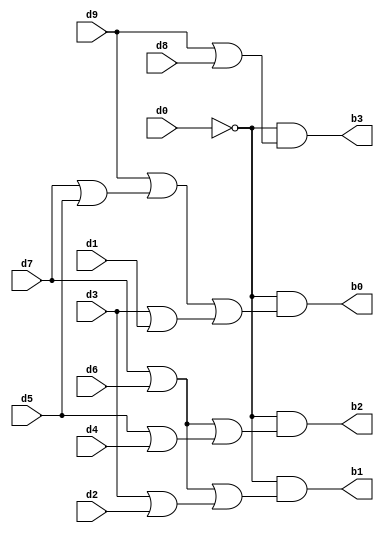
// Copyright (C) 2020  Intel Corporation. All rights reserved.
// Your use of Intel Corporation's design tools, logic functions 
// and other software and tools, and any partner logic 
// functions, and any output files from any of the foregoing 
// (including device programming or simulation files), and any 
// associated documentation or information are expressly subject 
// to the terms and conditions of the Intel Program License 
// Subscription Agreement, the Intel Quartus Prime License Agreement,
// the Intel FPGA IP License Agreement, or other applicable license
// agreement, including, without limitation, that your use is for
// the sole purpose of programming logic devices manufactured by
// Intel and sold by Intel or its authorized distributors.  Please
// refer to the applicable agreement for further details, at
// https://fpgasoftware.intel.com/eula.

// PROGRAM		"Quartus Prime"
// VERSION		"Version 20.1.1 Build 720 11/11/2020 SJ Lite Edition"
// CREATED		"Thu Dec 01 21:37:05 2022"

module d2b(
	d0,
	d1,
	d2,
	d3,
	d4,
	d5,
	d6,
	d7,
	d8,
	d9,
	b0,
	b1,
	b2,
	b3
);


input wire	d0;
input wire	d1;
input wire	d2;
input wire	d3;
input wire	d4;
input wire	d5;
input wire	d6;
input wire	d7;
input wire	d8;
input wire	d9;
output wire	b0;
output wire	b1;
output wire	b2;
output wire	b3;

wire	SYNTHESIZED_WIRE_15;
wire	SYNTHESIZED_WIRE_1;
wire	SYNTHESIZED_WIRE_3;
wire	SYNTHESIZED_WIRE_5;
wire	SYNTHESIZED_WIRE_7;
wire	SYNTHESIZED_WIRE_8;
wire	SYNTHESIZED_WIRE_9;
wire	SYNTHESIZED_WIRE_10;
wire	SYNTHESIZED_WIRE_11;
wire	SYNTHESIZED_WIRE_12;
wire	SYNTHESIZED_WIRE_13;
wire	SYNTHESIZED_WIRE_14;




assign	SYNTHESIZED_WIRE_14 = d3 | d1;

assign	b0 = SYNTHESIZED_WIRE_15 & SYNTHESIZED_WIRE_1;

assign	b1 = SYNTHESIZED_WIRE_15 & SYNTHESIZED_WIRE_3;

assign	b2 = SYNTHESIZED_WIRE_15 & SYNTHESIZED_WIRE_5;

assign	b3 = SYNTHESIZED_WIRE_15 & SYNTHESIZED_WIRE_7;

assign	SYNTHESIZED_WIRE_10 = d7 | d6;

assign	SYNTHESIZED_WIRE_11 = d3 | d2;

assign	SYNTHESIZED_WIRE_9 = d5 | d4;

assign	SYNTHESIZED_WIRE_8 = d7 | d6;

assign	SYNTHESIZED_WIRE_5 = SYNTHESIZED_WIRE_8 | SYNTHESIZED_WIRE_9;

assign	SYNTHESIZED_WIRE_3 = SYNTHESIZED_WIRE_10 | SYNTHESIZED_WIRE_11;

assign	SYNTHESIZED_WIRE_15 =  ~d0;

assign	SYNTHESIZED_WIRE_13 = d9 | SYNTHESIZED_WIRE_12;

assign	SYNTHESIZED_WIRE_1 = SYNTHESIZED_WIRE_13 | SYNTHESIZED_WIRE_14;

assign	SYNTHESIZED_WIRE_7 = d9 | d8;

assign	SYNTHESIZED_WIRE_12 = d7 | d5;


endmodule